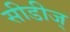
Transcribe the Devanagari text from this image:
सीडीज्